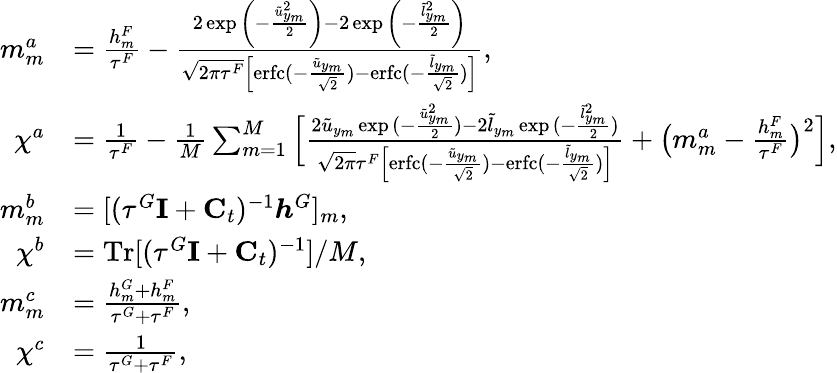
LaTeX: \begin{array}{rl}{m_{m}^{a}}&{=\frac{h_{m}^{F}}{\tau^{F}}-\frac{2\exp{\left(-\frac{\tilde{u}_{y_{m}}^{2}}{2}\right)}-2\exp{\left(-\frac{\tilde{l}_{y_{m}}^{2}}{2}\right)}}{\sqrt{2\pi\tau^{F}}\Big[\mathrm{erfc}(-\frac{\tilde{u}_{y_{m}}}{\sqrt{2}})-\mathrm{erfc}(-\frac{\tilde{l}_{y_{m}}}{\sqrt{2}})\Big]},}\\ {\chi^{a}}&{=\frac{1}{\tau^{F}}-\frac{1}{M}\sum_{m=1}^{M}\Big[\frac{2\tilde{u}_{y_{m}}\exp{(-\frac{\tilde{u}_{y_{m}}^{2}}{2})}-2\tilde{l}_{y_{m}}\exp{(-\frac{\tilde{l}_{y_{m}}^{2}}{2})}}{\sqrt{2\pi}\tau^{F}\Big[\mathrm{erfc}(-\frac{\tilde{u}_{y_{m}}}{\sqrt{2}})-\mathrm{erfc}(-\frac{\tilde{l}_{y_{m}}}{\sqrt{2}})\Big]}+\big(m_{m}^{a}-\frac{h_{m}^{F}}{\tau^{F}}\big)^{2}\Big],}\\ {m_{m}^{b}}&{=[(\tau^{G}{\mathbf{I}}+{\mathbf{C}}_{t})^{-1}\boldsymbol{h}^{G}]_{m},}\\ {\chi^{b}}&{=\mathrm{Tr}[(\tau^{G}{\mathbf{I}}+{\mathbf{C}}_{t})^{-1}]/M,}\\ {m_{m}^{c}}&{=\frac{h_{m}^{G}+h_{m}^{F}}{\tau^{G}+\tau^{F}},}\\ {\chi^{c}}&{=\frac{1}{\tau^{G}+\tau^{F}},}\end{array}